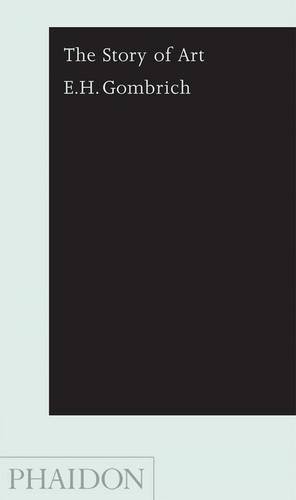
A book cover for The Story of Art, Pocket Edition; E.H. Gombrich; Teen & Young Adult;